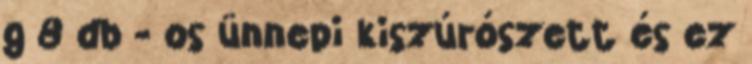
g 8 db - os ünnepi kiszúrószett és ez